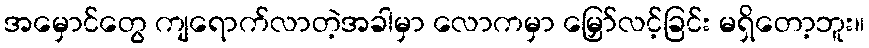
အမှောင်တွေ ကျရောက်လာတဲ့အခါမှာ လောကမှာ မြှော်လင့်ခြင်း မရှိတော့ဘူး။